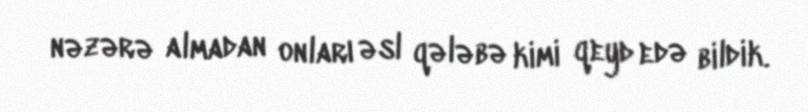
nəzərə almadan onları əsl qələbə kimi qeyd edə bildik.